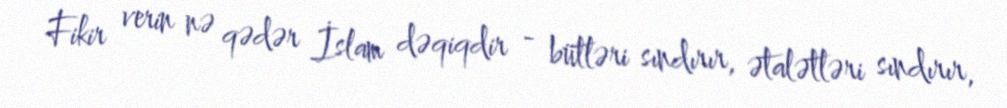
Fikir verin nə qədər İslam dəqiqdir - bütləri sındırır, ətalətləri sındırır,